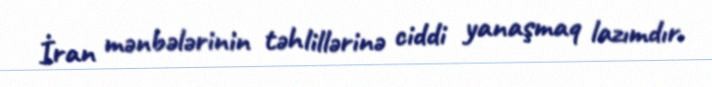
İran mənbələrinin təhlillərinə ciddi yanaşmaq lazımdır.